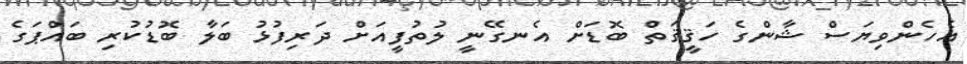
އެހެންވިޔަސް ޝާންގެ ހަޤީޤަތް ބޮޑަށް އެނގޭނީ ލުތުފީއަށް ދަރިފުޅު ބަލާ ބޮޑުކުރި ބައްޕަގެ